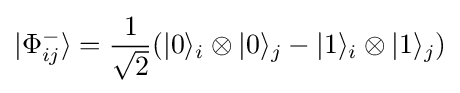
|\Phi _{ij}^{-}\rangle ={\frac {1}{\sqrt {2}}}(|0\rangle _{i}\otimes |0\rangle _{j}-|1\rangle _{i}\otimes |1\rangle _{j})